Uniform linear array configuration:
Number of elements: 12
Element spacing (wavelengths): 0.5
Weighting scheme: blackman
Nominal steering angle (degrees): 15
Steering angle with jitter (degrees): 13.344
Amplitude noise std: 0.05
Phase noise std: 0.05

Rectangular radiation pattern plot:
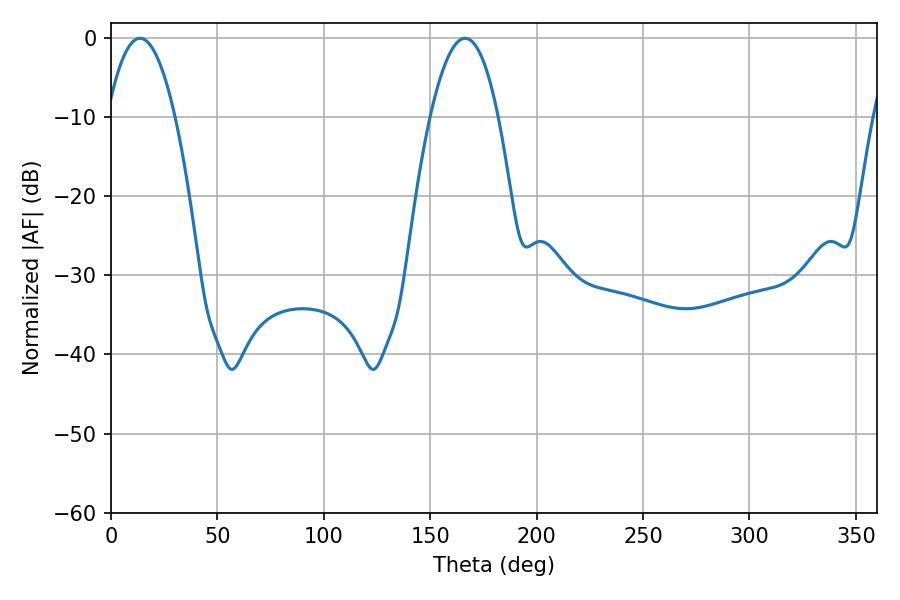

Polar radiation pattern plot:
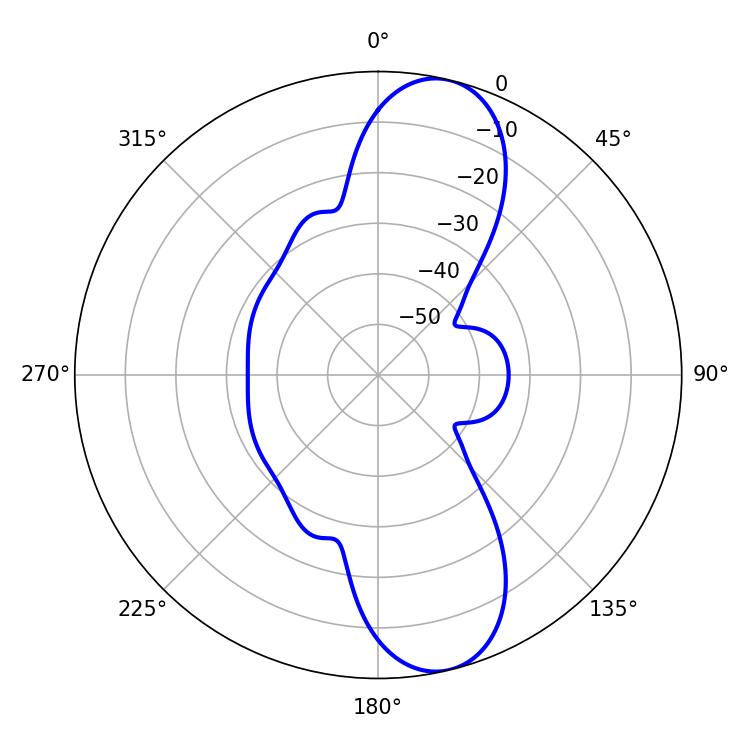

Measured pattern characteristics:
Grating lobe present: FALSE
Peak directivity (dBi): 11.096
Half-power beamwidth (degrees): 17.46
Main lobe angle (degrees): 13.68